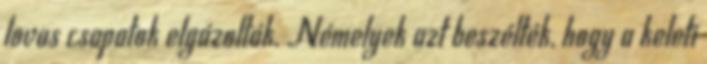
lovas csapatok elgázolták. Némelyek azt beszélték, hogy a keleti